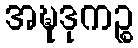
အဍ္ဎဒုကဉ္စ